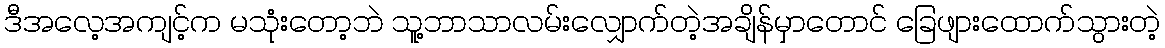
ဒီအလေ့အကျင့်က မသုံးတော့ဘဲ သူ့ဘာသာလမ်းလျှောက်တဲ့အချိန်မှာတောင် ခြေဖျားထောက်သွားတဲ့